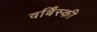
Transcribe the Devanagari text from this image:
वर्बिंस्की